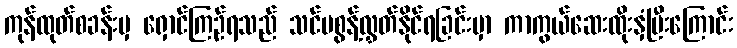
ကုန်ထုတ်စခန်းမှ ရှောင်ကြဉ်ရသည် သင်မစွန့်လွှတ်နိုင်ရခြင်းမှာ ကာကွယ်ဆေးထိုးနှံပြီးကြောင်း